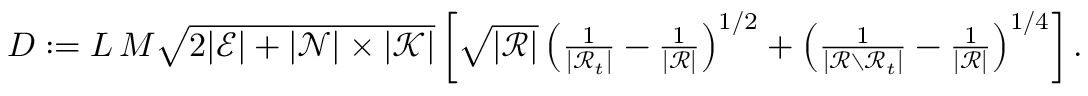
\begin{array} { r } { D : = L \, M \sqrt { 2 | \mathcal { E } | + | \mathcal { N } | \times | \mathcal { K } | } \left[ \sqrt { | \mathcal { R } | } \left( \frac { 1 } { | \mathcal { R } _ { t } | } - \frac { 1 } { | \mathcal { R } | } \right) ^ { 1 / 2 } + \left( \frac { 1 } { | \mathcal { R } \setminus \mathcal { R } _ { t } | } - \frac { 1 } { | \mathcal { R } | } \right) ^ { 1 / 4 } \right] . } \end{array}